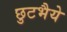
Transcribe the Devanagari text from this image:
छुटभैये